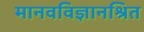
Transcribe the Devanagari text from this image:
मानवविज्ञानश्रित